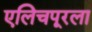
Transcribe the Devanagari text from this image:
एलिचपूरला